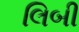
લિબી